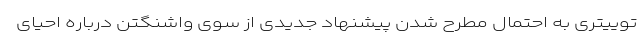
توییتری به احتمال مطرح شدن پیشنهاد جدیدی از سوی واشنگتن درباره احیای